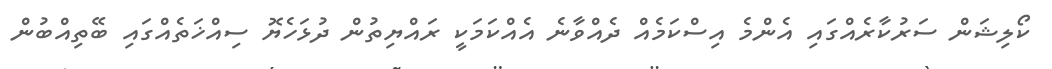
ކޯލިޝަން ސަރުކާރެއްގައި އެންމެ އިސްކަމެއް ދެއްވާނެ އެއްކަމަކީ ރައްޔިތުން ދުޅަހެޔޮ ސިއްޚަތެއްގައި ބޭތިއްބުން